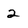
Character: 2